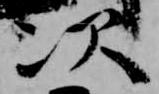
次